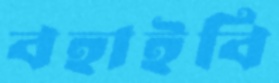
বহাইবি